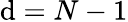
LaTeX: \mathrm{d}=N-1